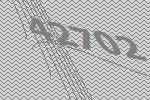
42702